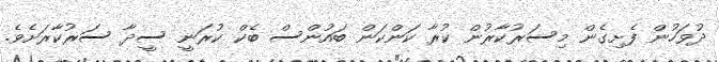
ދުވަހުން ފެށިގެން މިސަރުކާރުން ކުރާ ކަންކަން ބައުންސް ބެކް ކުރަނީ ސީދާ ސަރުކާރަށެވެ.